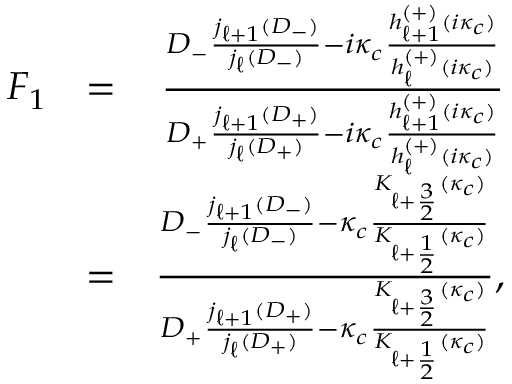
\begin{array} { r l r } { F _ { 1 } } & { = } & { \frac { D _ { - } \frac { j _ { \ell + 1 } ( D _ { - } ) } { j _ { \ell } ( D _ { - } ) } - i \kappa _ { c } \frac { h _ { \ell + 1 } ^ { ( + ) } ( i \kappa _ { c } ) } { h _ { \ell } ^ { ( + ) } ( i \kappa _ { c } ) } } { D _ { + } \frac { j _ { \ell + 1 } ( D _ { + } ) } { j _ { \ell } ( D _ { + } ) } - i \kappa _ { c } \frac { h _ { \ell + 1 } ^ { ( + ) } ( i \kappa _ { c } ) } { h _ { \ell } ^ { ( + ) } ( i \kappa _ { c } ) } } } \\ & { = } & { \frac { D _ { - } \frac { j _ { \ell + 1 } ( D _ { - } ) } { j _ { \ell } ( D _ { - } ) } - \kappa _ { c } \frac { K _ { \ell + \frac { 3 } { 2 } } ( \kappa _ { c } ) } { K _ { \ell + \frac { 1 } { 2 } } ( \kappa _ { c } ) } } { D _ { + } \frac { j _ { \ell + 1 } ( D _ { + } ) } { j _ { \ell } ( D _ { + } ) } - \kappa _ { c } \frac { K _ { \ell + \frac { 3 } { 2 } } ( \kappa _ { c } ) } { K _ { \ell + \frac { 1 } { 2 } } ( \kappa _ { c } ) } } , } \end{array}